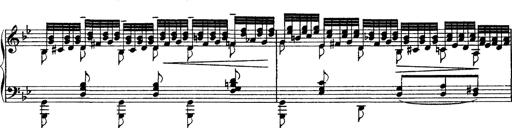
Title: Grandes Ã©tudes de Paganini
Composer: Franz Liszt